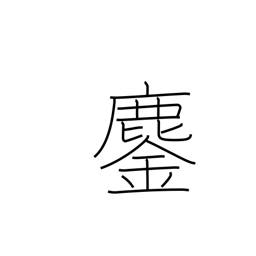
Meaning: annihilation